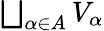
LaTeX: \textstyle{\bigsqcup_{\alpha\in A}V_{\alpha}}